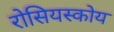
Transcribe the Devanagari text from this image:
रोसियस्कोय